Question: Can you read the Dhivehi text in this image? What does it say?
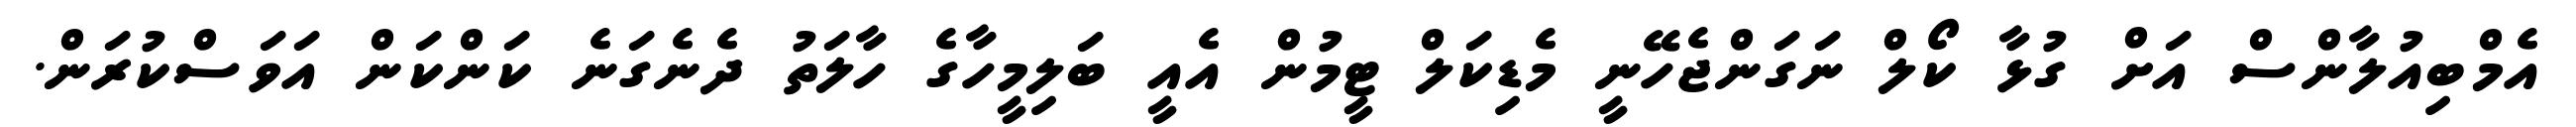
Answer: އެމްބިއުލާންސް އަށް ގުޅާ ކޯލް ނަގަންޖެހޭނީ މެޑިކަލް ޓީމުން އެއީ ބަލިމީހާގެ ހާލަތު ދެނެގަނެ ކަންކަން އަވަސްކުރަން.